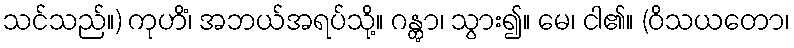
သင်သည်။) ကုဟိံ၊ အဘယ်အရပ်သို့။ ဂန္တွာ၊ သွား၍။ မေ၊ ငါ၏။ (ဝိသယတော၊